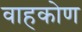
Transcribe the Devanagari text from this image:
वाहकोण